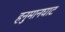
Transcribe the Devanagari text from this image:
हनुमानघाट